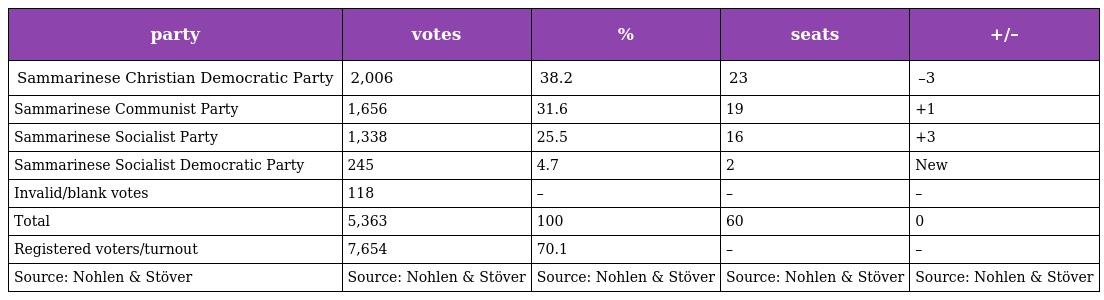
| party | votes | % | seats | +/– |
 | --- | --- | --- | --- | --- |
 | Sammarinese Christian Democratic Party | 2,006 | 38.2 | 23 | –3 |
 | Sammarinese Communist Party | 1,656 | 31.6 | 19 | +1 |
 | Sammarinese Socialist Party | 1,338 | 25.5 | 16 | +3 |
 | Sammarinese Socialist Democratic Party | 245 | 4.7 | 2 | New |
 | Invalid/blank votes | 118 | – | – | – |
 | Total | 5,363 | 100 | 60 | 0 |
 | Registered voters/turnout | 7,654 | 70.1 | – | – |
 | Source: Nohlen & Stöver | Source: Nohlen & Stöver | Source: Nohlen & Stöver | Source: Nohlen & Stöver | Source: Nohlen & Stöver |